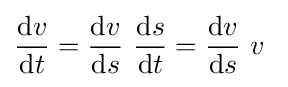
{\frac {\mathrm {\mathrm {d} } v}{\mathrm {\mathrm {d} } t}}={\frac {\mathrm {d} v}{\mathrm {d} s}}\ {\frac {\mathrm {d} s}{\mathrm {d} t}}={\frac {\mathrm {d} v}{\mathrm {d} s}}\ v\